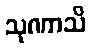
သုဏာသိ